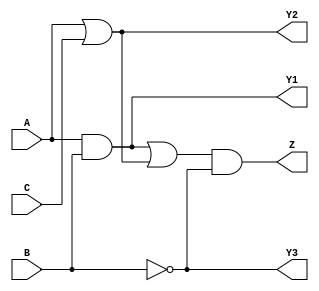
module combinational_logic (
    input wire A,      // Input A
    input wire B,      // Input B
    input wire C,      // Input C
    output wire Z,     // Output Z
    output wire Y1,    // Intermediate output Y1 (A AND B)
    output wire Y2,    // Intermediate output Y2 (A OR C)
    output wire Y3     // Intermediate output Y3 (NOT B)
);

// Intermediate signals
wire AND_out; // Output of AND gate
wire OR_out;  // Output of OR gate
wire NOT_out; // Output of NOT gate

// Logic equations
assign AND_out = A & B;     // AND operation
assign OR_out = A | C;      // OR operation
assign NOT_out = ~B;        // NOT operation

// Final output logic
assign Y1 = AND_out;        // Connect AND output to Y1
assign Y2 = OR_out;         // Connect OR output to Y2
assign Y3 = NOT_out;        // Connect NOT output to Y3

// Output Z based on some combinational logic
assign Z = (Y1 | Y2) & Y3;  // Example logic: Z is true if (Y1 OR Y2) AND Y3 is true

endmodule